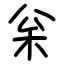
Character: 枀